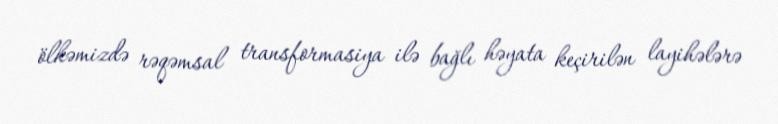
ölkəmizdə rəqəmsal transformasiya ilə bağlı həyata keçirilən layihələrə